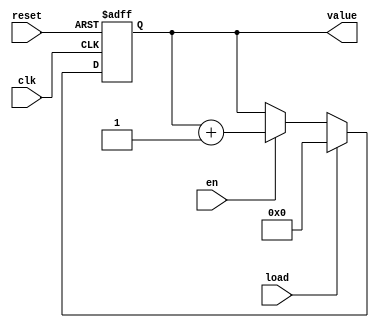
//////////////////////////////////////////////////////////////////////
////                                                              ////
//// MODULE NAME: counter                                         ////
////                                                              ////
//// DESCRIPTION: 8bit counter                                    ////
////                                                              ////
////                                                              ////
//// This file is part of the 10 Gigabit Ethernet IP core project ////
////  http://www.opencores.org/projects/ethmac10g/                ////
////                                                              ////
//// AUTHOR(S):                                                   ////
//// Zheng Cao                                                    ////
////                                                              ////
//////////////////////////////////////////////////////////////////////
////                                                              ////
//// Copyright (c) 2005 AUTHORS.  All rights reserved.            ////
////                                                              ////
//// This source file may be used and distributed without         ////
//// restriction provided that this copyright statement is not    ////
//// removed from the file and that any derivative work contains  ////
//// the original copyright notice and the associated disclaimer. ////
////                                                              ////
//// This source file is free software; you can redistribute it   ////
//// and/or modify it under the terms of the GNU Lesser General   ////
//// Public License as published by the Free Software Foundation; ////
//// either version 2.1 of the License, or (at your option) any   ////
//// later version.                                               ////
////                                                              ////
//// This source is distributed in the hope that it will be       ////
//// useful, but WITHOUT ANY WARRANTY; without even the implied   ////
//// warranty of MERCHANTABILITY or FITNESS FOR A PARTICULAR      ////
//// PURPOSE.  See the GNU Lesser General Public License for more ////
//// details.                                                     ////
////                                                              ////
//// You should have received a copy of the GNU Lesser General    ////
//// Public License along with this source; if not, download it   ////
//// from http://www.opencores.org/lgpl.shtml                     ////
////                                                              ////
//////////////////////////////////////////////////////////////////////
//
// CVS REVISION HISTORY:
//
// $Log: not supported by cvs2svn $
// Revision 1.2  2006/06/06 05:02:11  Zheng Cao
// no message
//
// Revision 1.1  2005/12/25 16:43:10  Zheng Cao
// 
// 
//
//////////////////////////////////////////////////////////////////////
//
`timescale 100ps / 10ps
module counter(clk, reset, load, en, value);
    input clk;
    input reset;
    input load;
    input en;

    parameter WIDTH = 8;
    output[WIDTH-1:0] value;

    reg [WIDTH-1:0] value;
   
    always @(posedge clk or posedge reset)
       if (reset)	 
          value <= 0;
       else begin
       if (load) 
             value <= 0;
          else if (en)
             value <= value + 1;
      end

endmodule